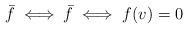
\begin{align*}\bar{f} \iff \bar{f} \iff f(v)=0\end{align*}